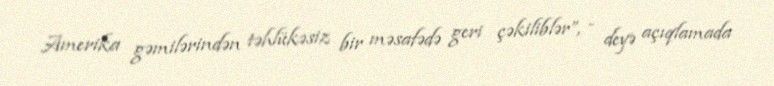
Amerika gəmilərindən təhlükəsiz bir məsafədə geri çəkiliblər”, - deyə açıqlamada